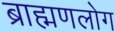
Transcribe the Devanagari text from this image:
ब्राह्मणलोग